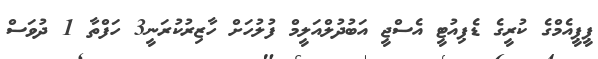
ޕީޕީއެމްގެ ކުރީގެ ޑެޕިއުޓީ އެސްޖީ އަބުދުލްއަލީމް ފުލުހަށް ހާޒިރުކުރަނީ3 ހަފްތާ 1 ދުވަސް